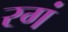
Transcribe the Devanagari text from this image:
रगं